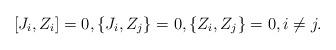
LaTeX: \begin{align*}[J_i,Z_i]=0,\{J_i, Z_j\}=0,\{Z_i,Z_j\}=0,i\neq j.\end{align*}